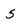
Character: 5